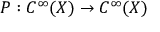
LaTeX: P : C ^ { \infty } ( X ) \to C ^ { \infty } ( X )